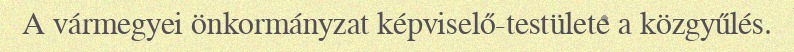
A vármegyei önkormányzat képviselő-testülete a közgyűlés.